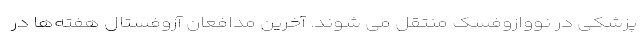
پزشکی در نووازوفسک منتقل می شوند. آخرین مدافعان آزوفستال هفته‌ها در